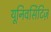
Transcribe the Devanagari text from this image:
यूनिवर्सिटिज़